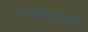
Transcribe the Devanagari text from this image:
समझोत्यामुळे